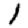
Digit: 1